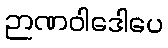
ဉာဏဝါဒေါပေ